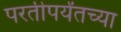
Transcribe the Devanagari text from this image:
परतीपर्यंतच्या